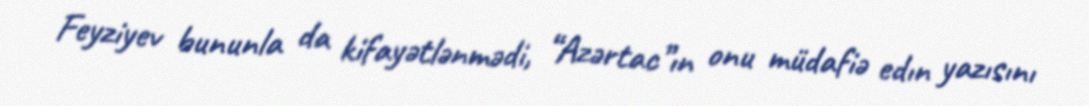
Feyziyev bununla da kifayətlənmədi, “Azərtac”ın onu müdafiə edın yazısını